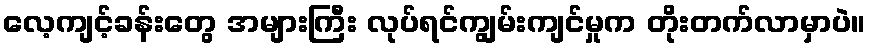
လေ့ကျင့်ခန်းတွေ အများကြီး လုပ်ရင်ကျွမ်းကျင်မှုက တိုးတက်လာမှာပဲ။